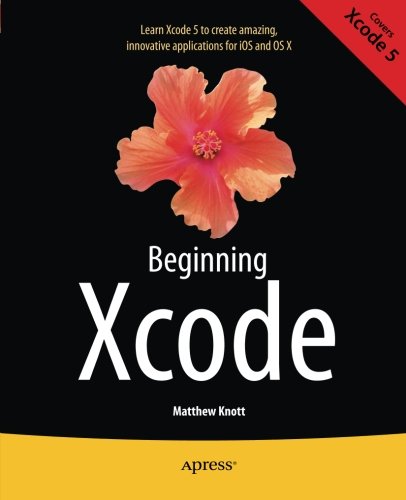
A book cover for Beginning Xcode; Matthew Knott; Computers & Technology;